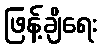
ဖြန့်ချိရေး